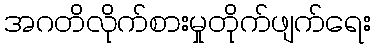
အဂတိလိုက်စားမှုတိုက်ဖျက်ရေး